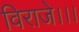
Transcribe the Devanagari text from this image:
विराजे।।।